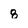
Character: 8